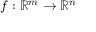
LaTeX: f : \mathbb { R } ^ { m } \to \mathbb { R } ^ { n }